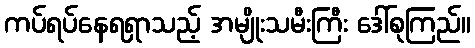
ကပ်ရပ်နေရရှာသည့် အမျိုးသမီးကြီး ဒေါ်စုကြည်။